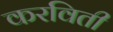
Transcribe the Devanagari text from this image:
करविती